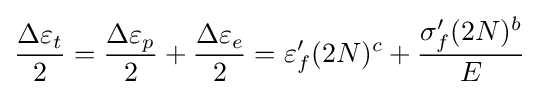
{\frac {\Delta \varepsilon _{t}}{2}}={\frac {\Delta \varepsilon _{p}}{2}}+{\frac {\Delta \varepsilon _{e}}{2}}=\varepsilon _{f}'(2N)^{c}+{\frac {\sigma _{f}'(2N)^{b}}{E}}